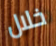
خلال